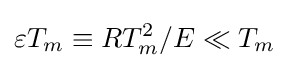
\varepsilon T_{m}\equiv RT_{m}^{2}/E\ll T_{m}